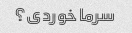
سرما خوردی؟